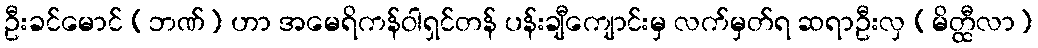
ဦးခင်မောင် (ဘဏ်) ဟာ အမေရိကန်ဝါရှင်တန် ပန်းချီကျောင်းမှ လက်မှတ်ရ ဆရာဦးလှ (မိတ္ထီလာ)